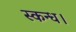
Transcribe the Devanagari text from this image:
स्कन्ध।